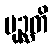
ပုဉ္ဆတိ